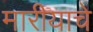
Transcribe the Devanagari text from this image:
मारीयाचे